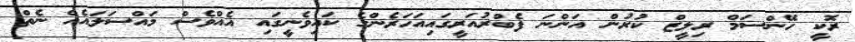
ރޮކީ ހޭންސަމް ރިލީޒް ކުރުން އަންނަ ފެބްރުއަރީގައިއަހަރެންގެ ކައިވެނީގައި އެއްވެސް މައްސަލައެއް ނެތް